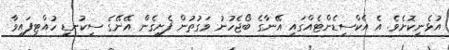
އުޅެނިކޮށެވެ. އެ އެކްސިޑެންޓެއްގައި އޭނާގެ ބޯޖެހުނު ވަގުތުން ފެށިގެން އޭނޭގެ ސިކުނޑި ހުއްޓިފައިވާ